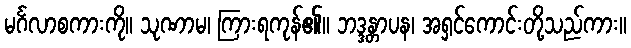
မင်္ဂလာစကားကို။ သုဏာမ၊ ကြားရကုန်၏။ ဘဒ္ဒန္တာပန၊ အရှင်ကောင်းတို့သည်ကား။